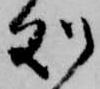
処